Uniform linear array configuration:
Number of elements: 32
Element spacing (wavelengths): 0.25
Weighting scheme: hamming
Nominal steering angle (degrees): -45
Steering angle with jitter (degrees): -45.738
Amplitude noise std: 0.05
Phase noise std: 0.05

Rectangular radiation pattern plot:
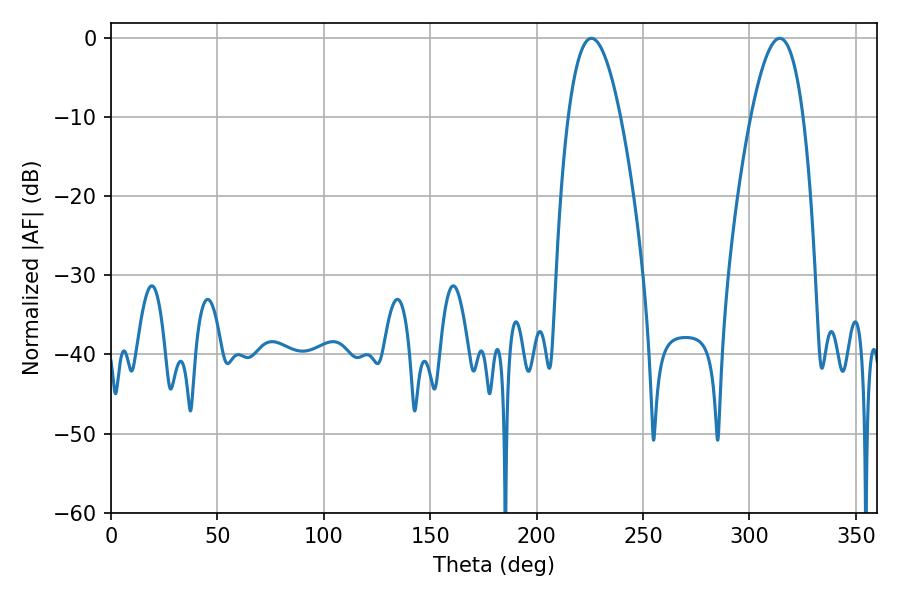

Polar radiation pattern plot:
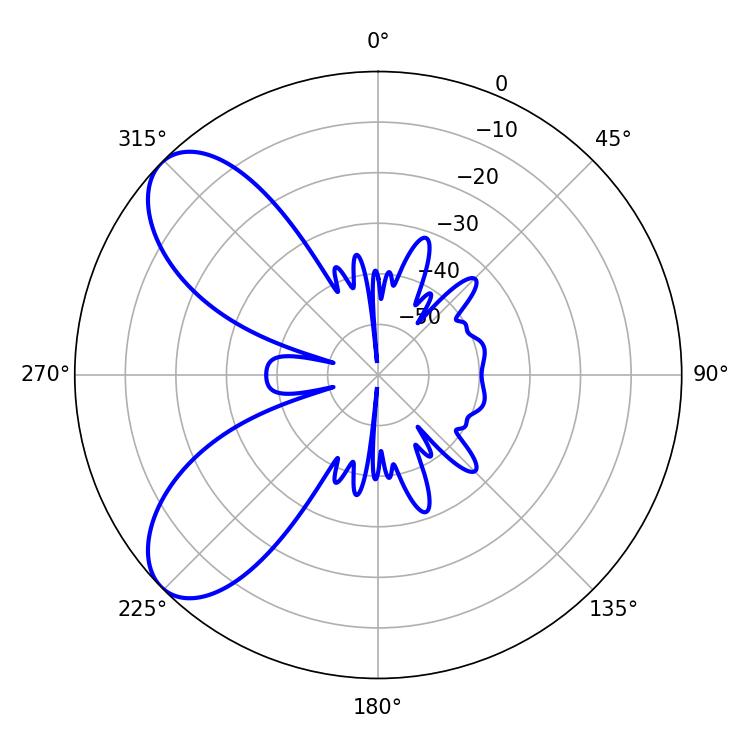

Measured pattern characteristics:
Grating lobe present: FALSE
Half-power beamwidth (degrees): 13.5
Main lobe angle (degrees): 225.72